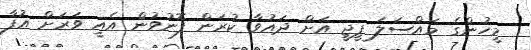
މީހުންގެ މައްސަލަ ޕީޖީ އަށް ދައުވާ ކުރަން ފޮނުވުން އެއީ ވަރަށް އުފާ